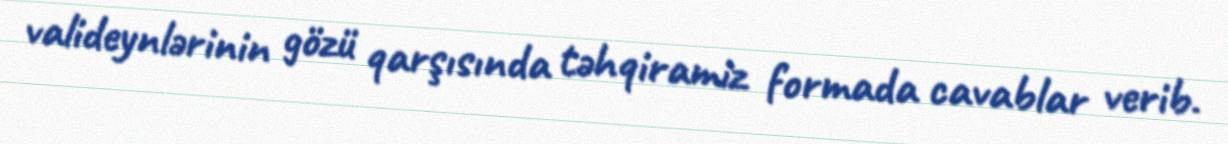
valideynlərinin gözü qarşısında təhqiramiz formada cavablar verib.